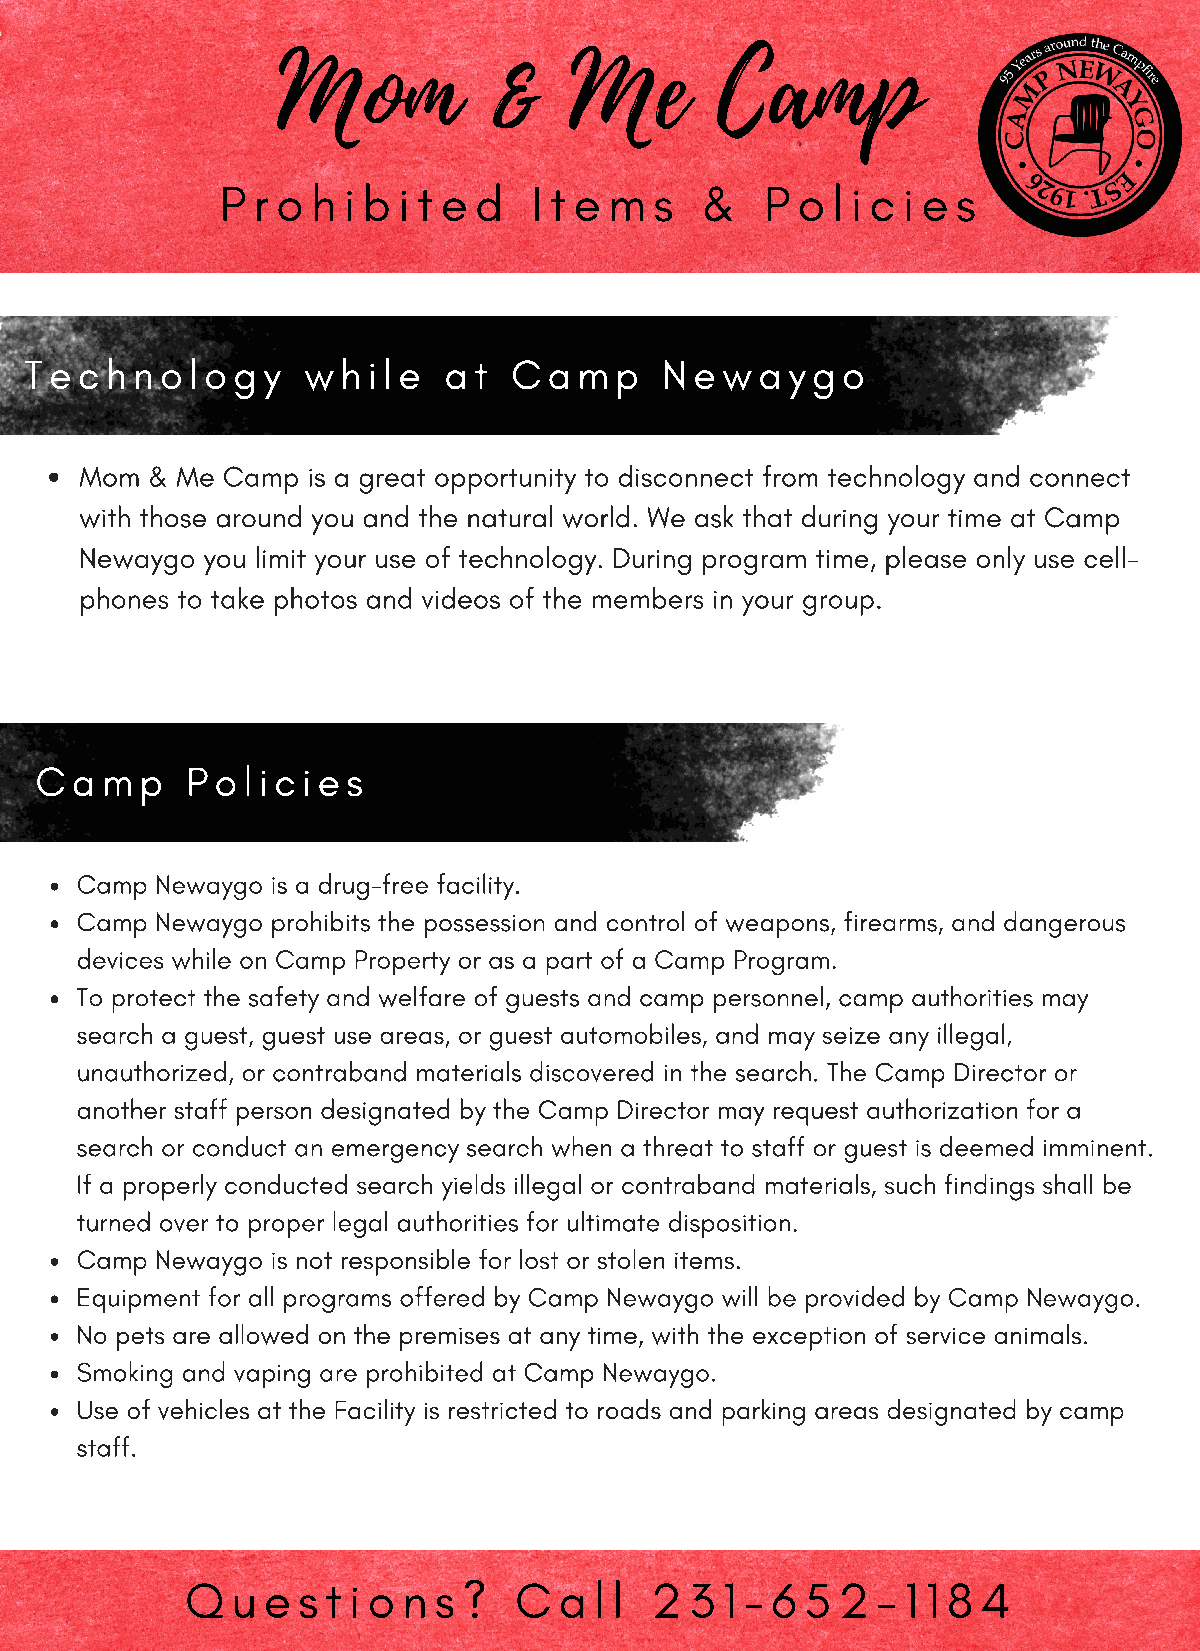
Mom           &     Me       Camp
 P r o h i b i t e d I t e m s  &    P o l i c i e s
 Technology        while    at   Camp      Newaygo
 Mom  & Me Camp is a great opportunity to disconnect from technology and connect
 with those around you and the natural world. We ask that during your time at Camp
 Newaygo you limit your use of technology. During program time, please only use cell-
 phones to take photos and videos of the members in your group.
 Camp      Policies
 Camp Newaygo is a drug-free facility.
 Camp Newaygo prohibits the possession and control of weapons, firearms, and dangerous
 devices while on Camp Property or as a part of a Camp Program.
 To protect the safety and welfare of guests and camp personnel, camp authorities may
 search a guest, guest use areas, or guest automobiles, and may seize any illegal,
 unauthorized, or contraband materials discovered in the search. The Camp Director or
 another staff person designated by the Camp Director may request authorization for a
 search or conduct an emergency search when a threat to staff or guest is deemed imminent.
 If a properly conducted search yields illegal or contraband materials, such findings shall be
 turned over to proper legal authorities for ultimate disposition.
 Camp Newaygo is not responsible for lost or stolen items.
 Equipment for all programs offered by Camp Newaygo will be provided by Camp Newaygo.
 No pets are allowed on the premises at any time, with the exception of service animals.
 Smoking and vaping are prohibited at Camp Newaygo.
 Use of vehicles at the Facility is restricted to roads and parking areas designated by camp
 staff.
 Q  u e  s t i o n s ? C  a l l 2  3 1 - 6 5 2 - 1 1 8 4